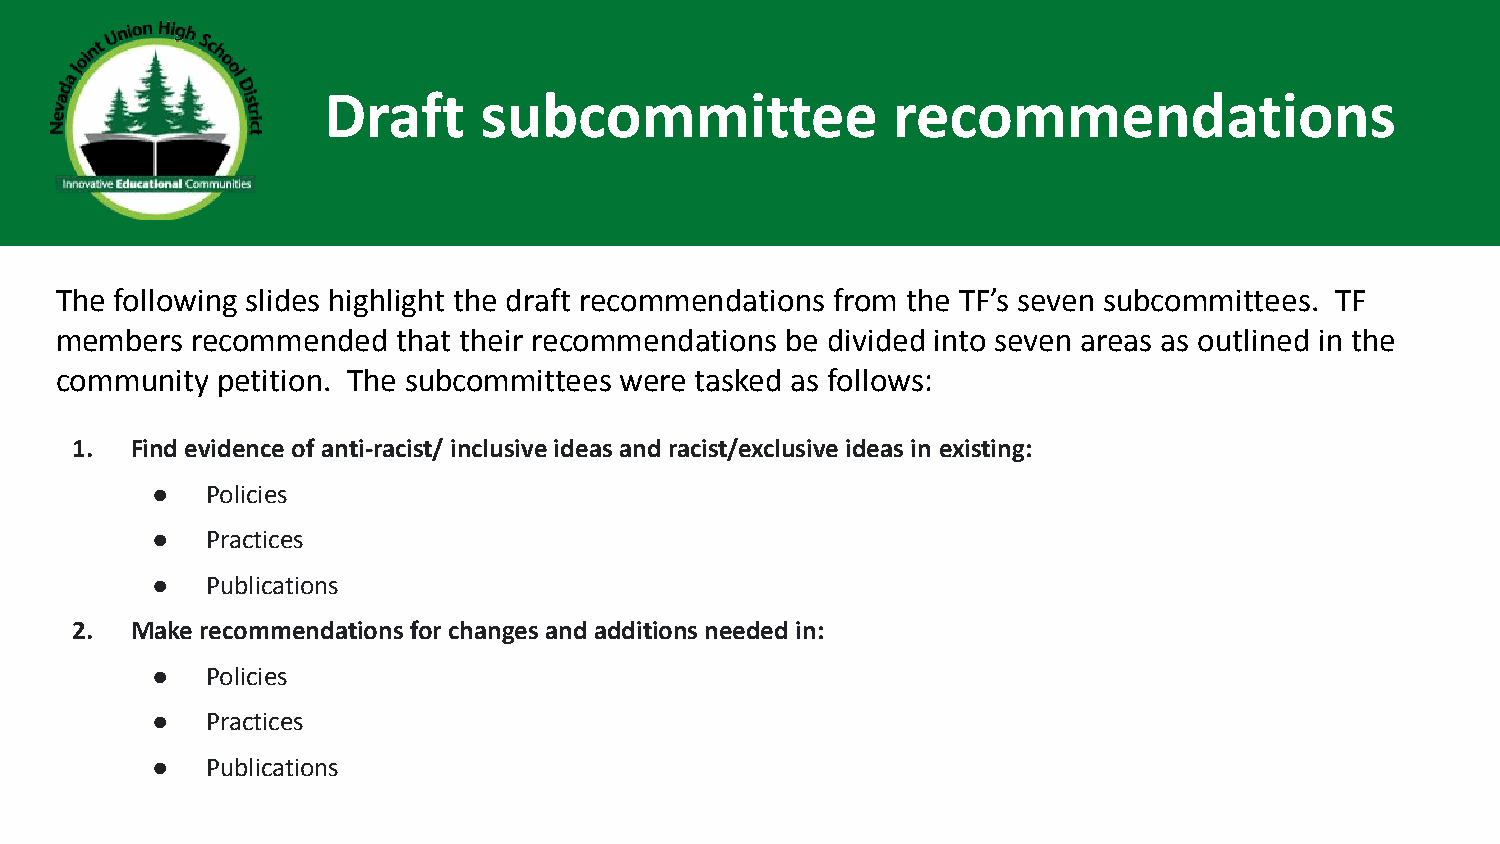
Draft      subcommittee               recommendations
 The following slides highlight the draft recommendations from the TF’s seven subcommittees. TF
 members  recommended  that their recommendations be divided into seven areas as outlined in the
 community petition. The subcommittees were tasked as follows:
 1.  Find evidence of anti-racist/ inclusive ideas and racist/exclusive ideas in existing:
 ●   Policies
 ●   Practices
 ●   Publications
 2.  Make recommendations for changes and additions needed in:
 ●   Policies
 ●   Practices
 ●   Publications